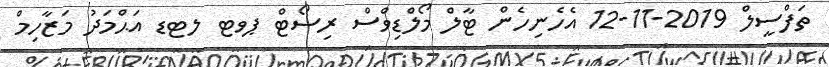
ތަފްސީލް 2019-11-12 އެހެނިހެން ޓާލް މޯލްޑިވްސް ރިސޯޓް ޕވޓ ލޓޑ އަޙްމަދު މަޒާހިމް